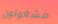
مشغولون